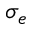
\sigma _ { e }